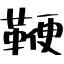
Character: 鞭